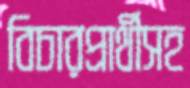
বিচারপ্রার্থীসহ